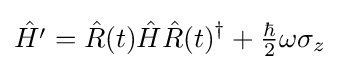
{\hat {H^{\prime }}}={\hat {R}}(t){\hat {H}}{\hat {R}}(t)^{\dagger }+{\tfrac {\hbar }{2}}\omega \sigma _{z}